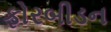
ફોરબીડન